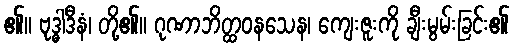
၏။ ဗုဒ္ဓါဒီနံ၊ တို့၏။ ဂုဏာဘိတ္ထဝနသေန၊ ကျေးဇူးကို ချီးမွမ်းခြင်း၏